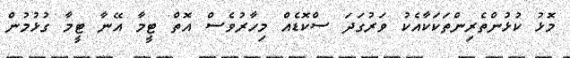
މޮޅު ކުޅުންތެރިންތަކަކާއެކު ވަރުގަދަ ސްކޮޑެއް މިހާރުވެސް އޮތް ޓީމާ އޭނާ ޓީމާ ގުޅުމުން